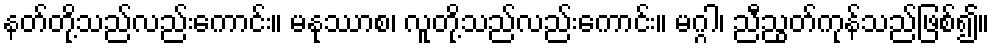
နတ်တို့သည်လည်းကောင်း။ မနုဿာစ၊ လူတို့သည်လည်းကောင်း။ မဂ္ဂါ၊ ညီညွတ်ကုန်သည်ဖြစ်၍။